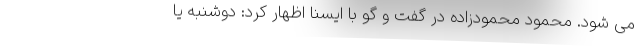
می شود. محمود محمودزاده در گفت و گو با ایسنا اظهار کرد: دوشنبه یا